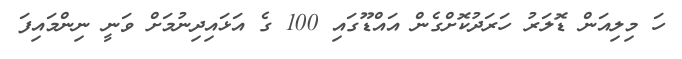
ހަ މިލިއަން ޑޮލަރު ހަރަދުކޮށްގެން އައްޑޫގައި 100 ގެ އަޅައިދިނުމަށް ވަނީ ނިންމައިފަ